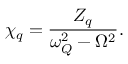
\chi _ { q } = \frac { Z _ { q } } { \omega _ { Q } ^ { 2 } - \Omega ^ { 2 } } .